Civil Veterinary Department ledger series I-VI
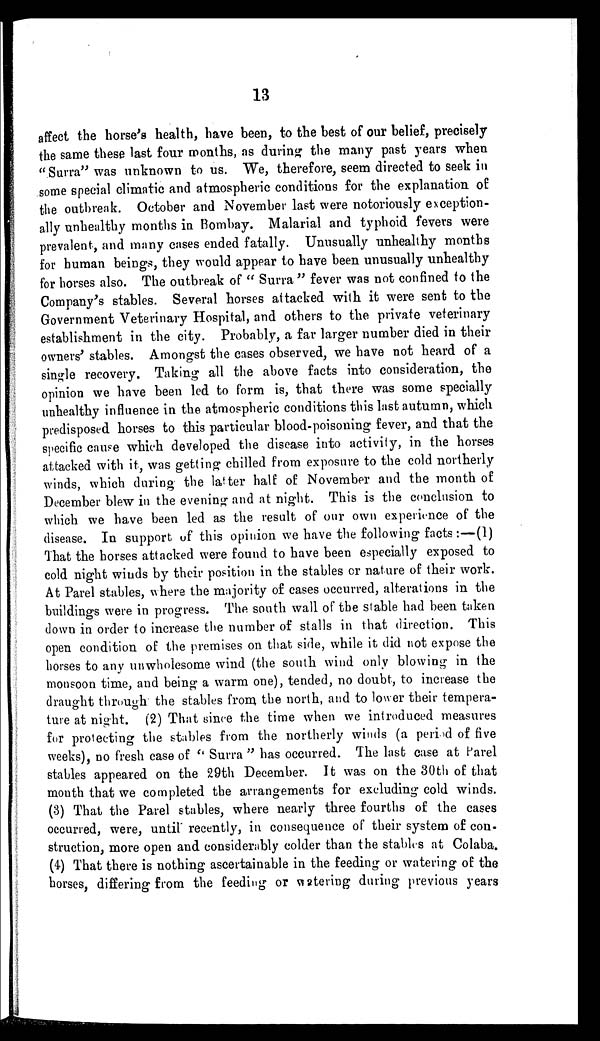
13
affect the horse's health, have been, to the best of our belief, precisely
the same these last four months, as during the many past years when
"Surra" was unknown to us. We, therefore, seem directed to seek in
some special climatic and atmospheric conditions for the explanation of
the outbreak. October and November last were notoriously exception-
ally unhealthy months in Bombay. Malarial and typhoid fevers were
prevalent, and many cases ended fatally. Unusually unhealthy months
for human beings, they would appear to have been unusually unhealthy
for horses also. The outbreak of "Surra" fever was not confined to the
Company's stables. Several horses attacked with it were sent to the
Government Veterinary Hospital, and others to the private veterinary
establishment in the city. Probably, a far larger number died in their
owners' stables. Amongst the cases observed, we have not heard of a
single recovery. Taking all the above facts into consideration, the
opinion we have been led to form is, that there was some specially
unhealthy influence in the atmospheric conditions this last autumn, which
predisposed horses to this particular blood-poisoning fever, and that the
specific cause which developed the disease into activity, in the horses
attacked with it, was getting chilled from exposure to the cold northerly
winds, which during the latter half of November and the month of
December blew in the evening and at night. This is the conclusion to
which we have been led as the result of our own experience of the
disease. In support of this opinion we have the following facts:—(1)
That the horses attacked were found to have been especially exposed to
cold night winds by their position in the stables or nature of their work.
At Parel stables, where the majority of cases occurred, alterations in the
buildings were in progress. The south wall of the stable had been taken
down in order to increase the number of stalls in that direction. This
open condition of the premises on that side, while it did not expose the
horses to any unwholesome wind (the south wind only blowing in the
monsoon time, and being a warm one), tended, no doubt, to increase the
draught through the stables from the north, and to lower their tempera-
ture at night. (2) That since the time when we introduced measures
for protecting the stables from the northerly winds (a period of five
weeks), no fresh case of "Surra" has occurred. The last case at Parel
stables appeared on the 29th December. It was on the 30th of that
month that we completed the arrangements for excluding cold winds.
(3) That the Parel stables, where nearly three fourths of the cases
occurred, were, until recently, in consequence of their system of con-
struction, more open and considerably colder than the stables at Colaba.
(4) That there is nothing ascertainable in the feeding or watering of the
horses, differing from the feeding or watering during previous years